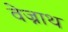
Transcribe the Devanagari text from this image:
वेज्नाथ